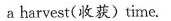
a harvest(收获)time.